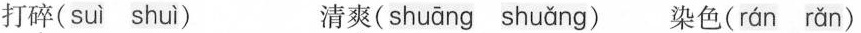
打碎( suì shuì ) 清爽( shuāng shuǎng )染色( rán rǎn )